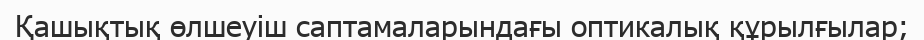
Қашықтық өлшеуіш саптамаларындағы оптикалық құрылғылар;